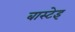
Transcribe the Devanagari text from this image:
बास्टेइ